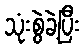
သုံးစွဲခဲ့ပြီး